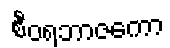
စီဝရဘာဇကော